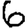
Digit: 6